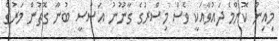
މިއިން ކޮންމެ ދައުވާއަކީ ވެސް މިސްރުގެ ގާނޫނު އަސާސީ ބުނާ ގޮތުން މަރުގެ